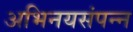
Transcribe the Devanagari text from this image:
अभिनयसंपन्‍न